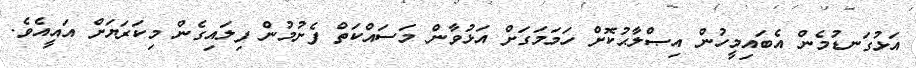
އަޅުގަނޑުމެން އެބައިމީހުން އިޞްލާޙުކޮށް ހަމަމަގަށް އަޅުވާން މަސައްކަތް ފެށުމުން ފިލައިގެން މިކަރަޔަށް އައީއެވެ.